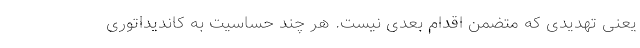
یعنی تهدیدی که متضمن اقدام بعدی نیست. هر چند حساسیت به کاندیداتوری